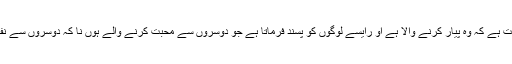
اللہ کی صفت ہے کہ وہ پیار کرنے والا ہے او رایسے لوگوں کو پسند فرماتا ہے جو دوسروں سے محبت کرنے والے ہوں نا کہ دوسروں سے نفرت کریں ۔